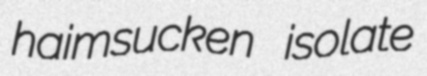
haimsucken isolate